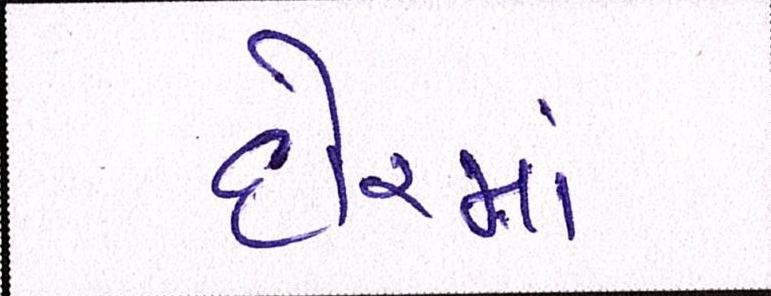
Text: દોરમાં